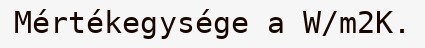
Mértékegysége a W/m2K.